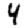
Digit: 4